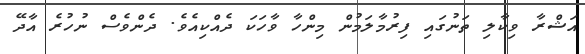
އަޝްރާ ވިކާލި ތަނުގައި ފިރުމާލަމުން މިންހާ ވާހަކަ ދެއްކިއެވެ. ދެންވެސް ނުހުރެ އާދޭ